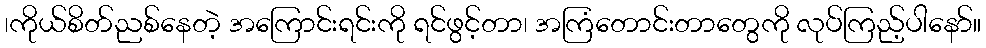
၊ကိုယ်စိတ်ညစ်နေတဲ့ အကြောင်းရင်းကို ရင်ဖွင့်တာ၊ အကြံတောင်းတာတွေကို လုပ်ကြည့်ပါနော်။